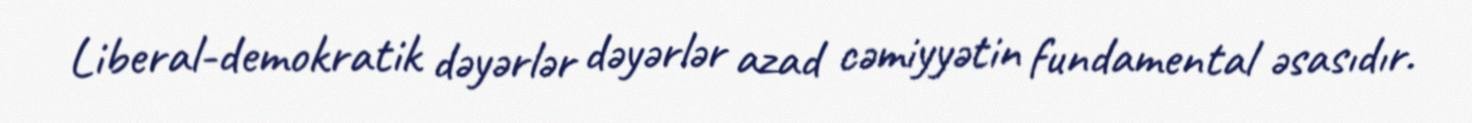
Liberal-demokratik dəyərlər dəyərlər azad cəmiyyətin fundamental əsasıdır.